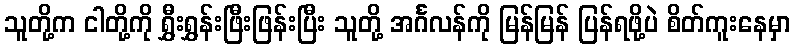
သူတို့က ငါတို့ကို ရွှီးရွှန်းဖြီးဖြန်းပြီး သူတို့ အင်္ဂလန်ကို မြန်မြန် ပြန်ရဖို့ပဲ စိတ်ကူးနေမှာ